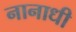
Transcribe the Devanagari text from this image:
नानाधी